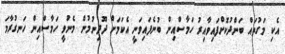
އެކި މަގުތައް ބަންދުކޮށްފައިވާއިރު ހަމާސްއިން ބުނެފައިވަނީ އެކަމަށް ދޫދިނުމުން މެނުވީ ހަމާސްއިން ހަނގުރާމަ